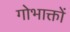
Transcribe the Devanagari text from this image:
गोभाक्तों